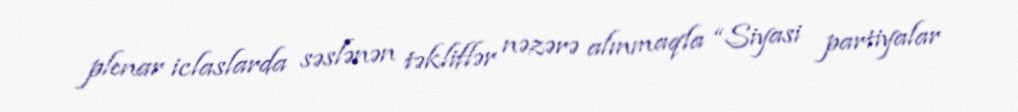
plenar iclaslarda səslənən təkliflər nəzərə alınmaqla “Siyasi partiyalar